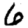
Digit: 6